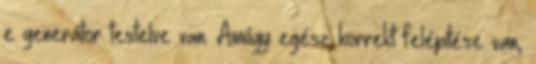
e generátor testelve van. Amúgy egész korrekt felépítése van,